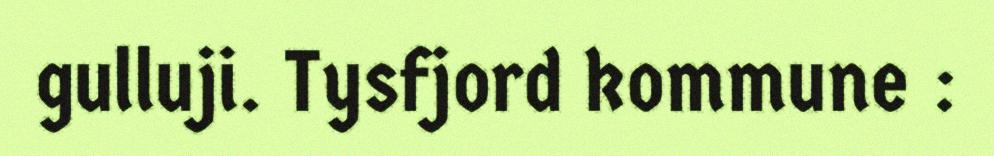
gulluji. Tysfjord kommune :